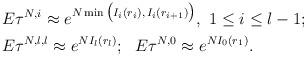
LaTeX: \begin{align*}\begin{aligned}&E\tau^{N,i}\approx e^{N\min\big(I_i(r_i),\thinspace I_i(r_{i+1})\big)},\ 1\le i\le l-1;\\&E\tau^{N,l,l}\approx e^{NI_l(r_l)};\ \ E\tau^{N,0}\approx e^{NI_0(r_1)}.\\\end{aligned}\end{align*}